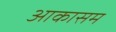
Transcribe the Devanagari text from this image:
आकासम